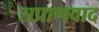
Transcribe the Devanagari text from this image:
सप्राणवाद